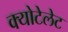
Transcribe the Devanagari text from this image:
क्योटेलेट